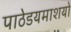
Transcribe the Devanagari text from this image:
पाठेडयमाशयो